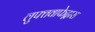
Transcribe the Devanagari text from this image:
लुफ्तवाफेद्वारा